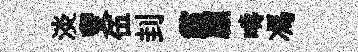
淡叟伍刲霾顧疇馮